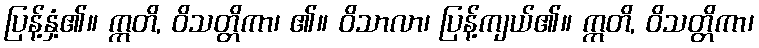
ပြန့်နှံ့၏။ ဣတိ, ဝိသတ္တိကာ၊ ၏။ ဝိသာလာ၊ ပြန့်ကျယ်၏။ ဣတိ, ဝိသတ္တိကာ၊